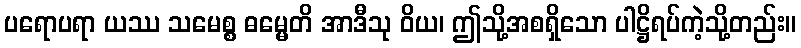
ပရောပရာ ယဿ သမေစ္စ ဓမ္မေတိ အာဒီသု ဝိယ၊ ဤသို့အစရှိသော ပါဋ္ဌိရပ်ကဲ့သို့တည်း။